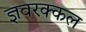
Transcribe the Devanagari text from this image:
ज्ञवरक्कल